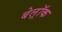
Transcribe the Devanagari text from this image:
बेल्रॉक